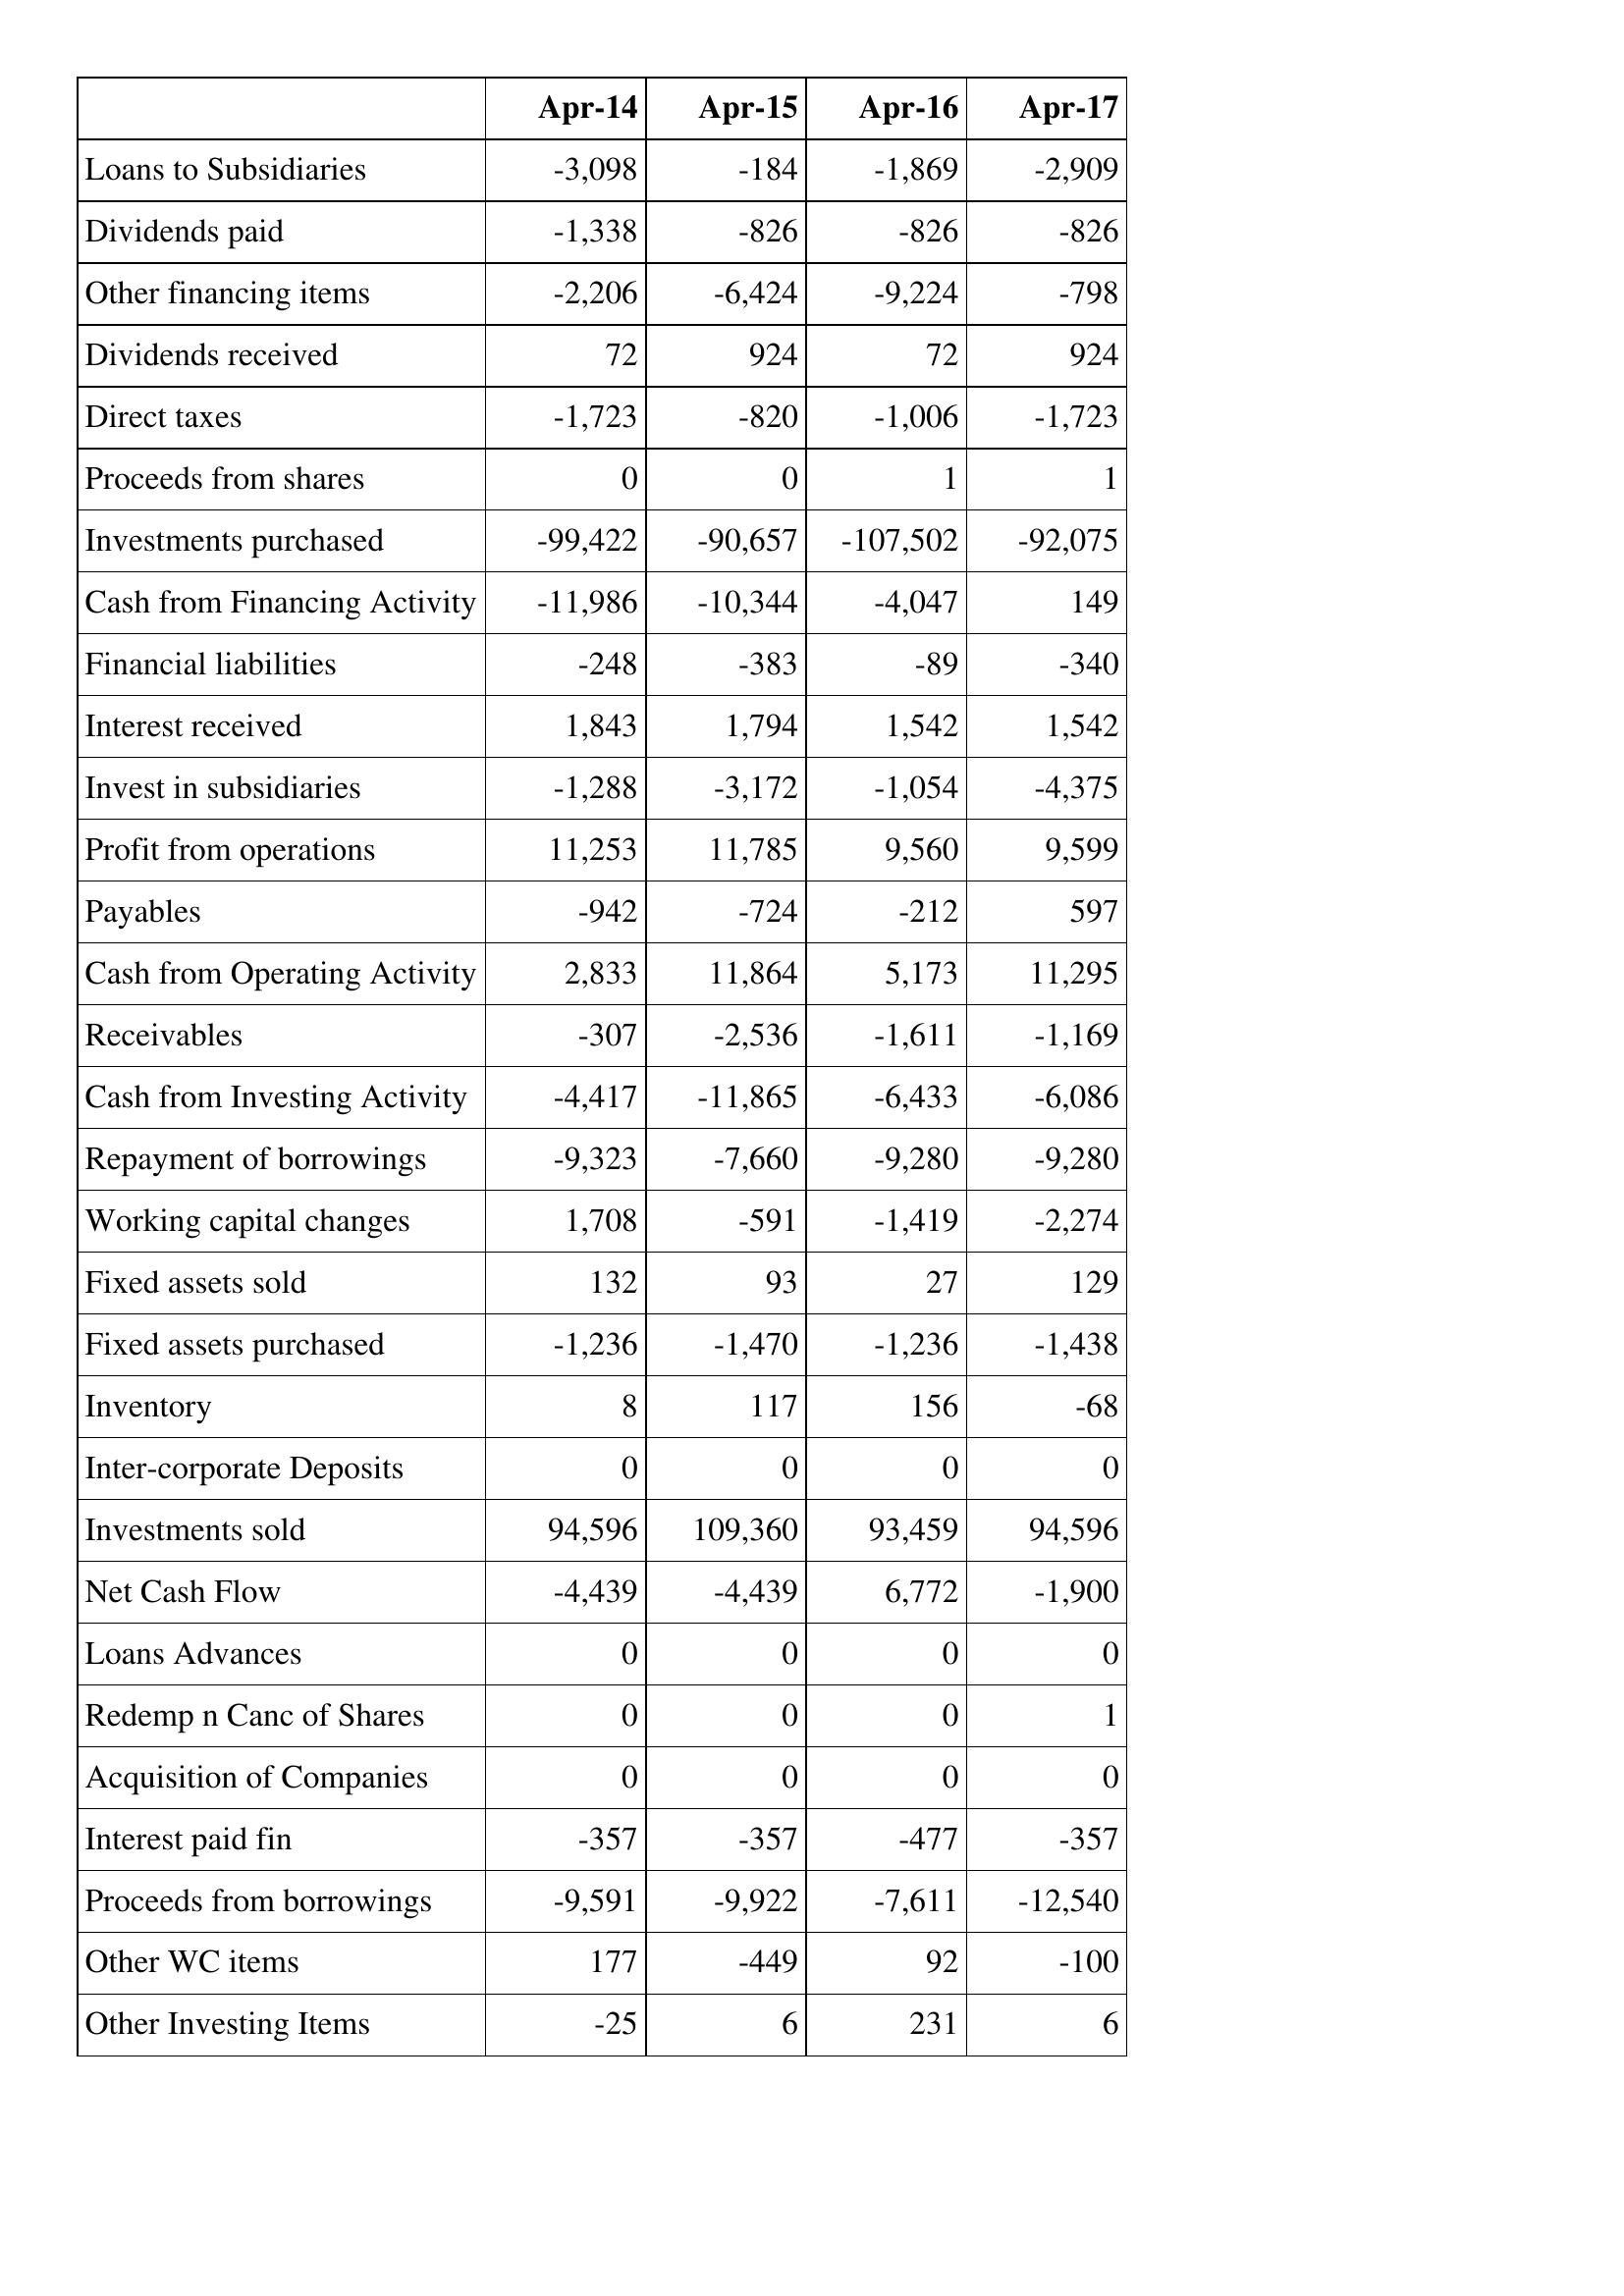
Apr-14: Cash Flows: Loans to Subsidiaries: -3,098
Dividends paid: -1,338
Other financing items: -2,206
Dividends received: 72
Direct taxes: -1,723
Proceeds from shares: 0
Investments purchased: -99,422
Cash from Financing Activity: -11,986
Financial liabilities: -248
Interest received: 1,843
Invest in subsidiaries: -1,288
Profit from operations: 11,253
Payables: -942
Cash from Operating Activity: 2,833
Receivables: -307
Cash from Investing Activity: -4,417
Repayment of borrowings: -9,323
Working capital changes: 1,708
Fixed assets sold: 132
Fixed assets purchased: -1,236
Inventory: 8
Inter-corporate Deposits: 0
Investments sold: 94,596
Net Cash Flow: -4,439
Loans Advances: 0
Redemp n Canc of Shares: 0
Acquisition of Companies: 0
Interest paid fin: -357
Proceeds from borrowings: -9,591
Other WC items: 177
Other Investing Items: -25
Apr-15: Cash Flows: Loans to Subsidiaries: -184
Dividends paid: -826
Other financing items: -6,424
Dividends received: 924
Direct taxes: -820
Proceeds from shares: 0
Investments purchased: -90,657
Cash from Financing Activity: -10,344
Financial liabilities: -383
Interest received: 1,794
Invest in subsidiaries: -3,172
Profit from operations: 11,785
Payables: -724
Cash from Operating Activity: 11,864
Receivables: -2,536
Cash from Investing Activity: -11,865
Repayment of borrowings: -7,660
Working capital changes: -591
Fixed assets sold: 93
Fixed assets purchased: -1,470
Inventory: 117
Inter-corporate Deposits: 0
Investments sold: 109,360
Net Cash Flow: -4,439
Loans Advances: 0
Redemp n Canc of Shares: 0
Acquisition of Companies: 0
Interest paid fin: -357
Proceeds from borrowings: -9,922
Other WC items: -449
Other Investing Items: 6
Apr-16: Cash Flows: Loans to Subsidiaries: -1,869
Dividends paid: -826
Other financing items: -9,224
Dividends received: 72
Direct taxes: -1,006
Proceeds from shares: 1
Investments purchased: -107,502
Cash from Financing Activity: -4,047
Financial liabilities: -89
Interest received: 1,542
Invest in subsidiaries: -1,054
Profit from operations: 9,560
Payables: -212
Cash from Operating Activity: 5,173
Receivables: -1,611
Cash from Investing Activity: -6,433
Repayment of borrowings: -9,280
Working capital changes: -1,419
Fixed assets sold: 27
Fixed assets purchased: -1,236
Inventory: 156
Inter-corporate Deposits: 0
Investments sold: 93,459
Net Cash Flow: 6,772
Loans Advances: 0
Redemp n Canc of Shares: 0
Acquisition of Companies: 0
Interest paid fin: -477
Proceeds from borrowings: -7,611
Other WC items: 92
Other Investing Items: 231
Apr-17: Cash Flows: Loans to Subsidiaries: -2,909
Dividends paid: -826
Other financing items: -798
Dividends received: 924
Direct taxes: -1,723
Proceeds from shares: 1
Investments purchased: -92,075
Cash from Financing Activity: 149
Financial liabilities: -340
Interest received: 1,542
Invest in subsidiaries: -4,375
Profit from operations: 9,599
Payables: 597
Cash from Operating Activity: 11,295
Receivables: -1,169
Cash from Investing Activity: -6,086
Repayment of borrowings: -9,280
Working capital changes: -2,274
Fixed assets sold: 129
Fixed assets purchased: -1,438
Inventory: -68
Inter-corporate Deposits: 0
Investments sold: 94,596
Net Cash Flow: -1,900
Loans Advances: 0
Redemp n Canc of Shares: 1
Acquisition of Companies: 0
Interest paid fin: -357
Proceeds from borrowings: -12,540
Other WC items: -100
Other Investing Items: 6